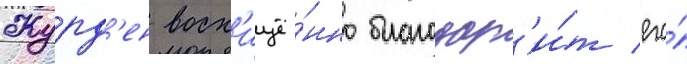
Журд'ен восх'ищё́нно благодар'и́т его́